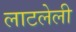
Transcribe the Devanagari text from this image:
लाटलेली